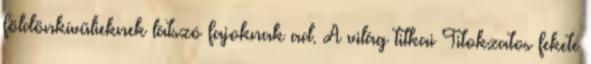
földönkívülieknek látszó fajoknak ad. A világ titkai Titokzatos fekete